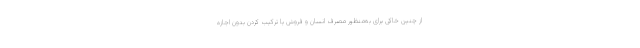
از چنین خاکی برای به‌منظور مصرف انسان و فروش یا ترکیب کردن بدون اجازه